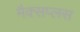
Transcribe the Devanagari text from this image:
मैक्सप्लस